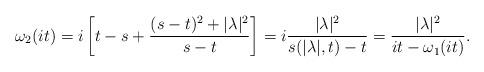
LaTeX: \begin{align*} \omega_2(it)=i\left[ t-s+\frac{(s-t)^2+|\lambda|^2}{s-t}\right]=i\frac{|\lambda|^2}{s(|\lambda|,t)-t}=\frac{|\lambda|^2}{it-\omega_1(it)}.\end{align*}